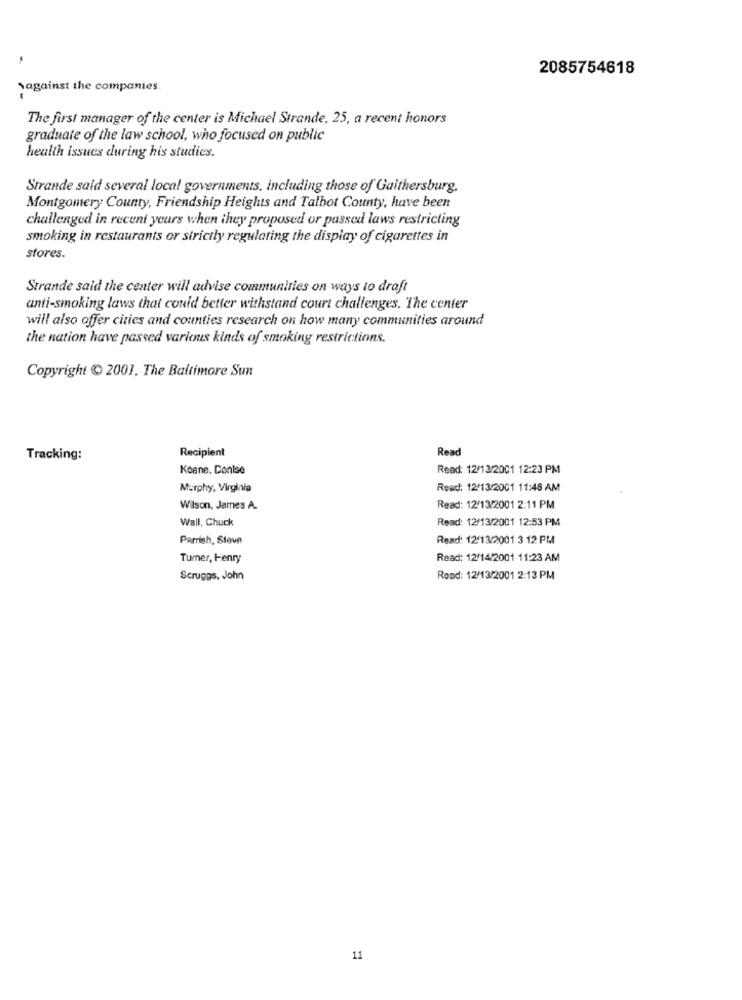
-
2085754618
against the companies.
The first manager of the center is Michael Strande, 25, a recent honors
graduate of the law school, who focused on public
health issues during his studies.
Strande said several local governments, including those of Gaithersburg.
Montgomery County, Friendship Heights and Talbot County, have been
challenged in recent years when they proposed or passed laws restricting
smoking in restaurants or strictly regulating the display of cigarettes in
stores.
Strande said the center will advise communities on ways to draft
anti-smoking laws that could better withstand court challenges. The center
will also offer cities and counties research on how many communities around
the nation have passed various kinds of smoking restrictions.
Copyright ( 2001. The Baltimore Sun
Recipient
Read
Tracking:
Keane. Conise
Read: 12/13/2001 12:23 PM
Murphy, Virginia
Read: 12/13/2001 11:48 AM
Wilson, James A.
Read: 12/13/2001 2:11 PM
Wall, Chuck
Read: 12/13/2001 12:53 PM
Parrish, Steve
Read: 12/13/2001 3 12 PM
Tumer, Henry
Read: 12/14/2001 11:23 AM
Scruggs, John
Rood: 12/13/2001 2:13 PM
11